Report on horse surra - Volume II, Part II
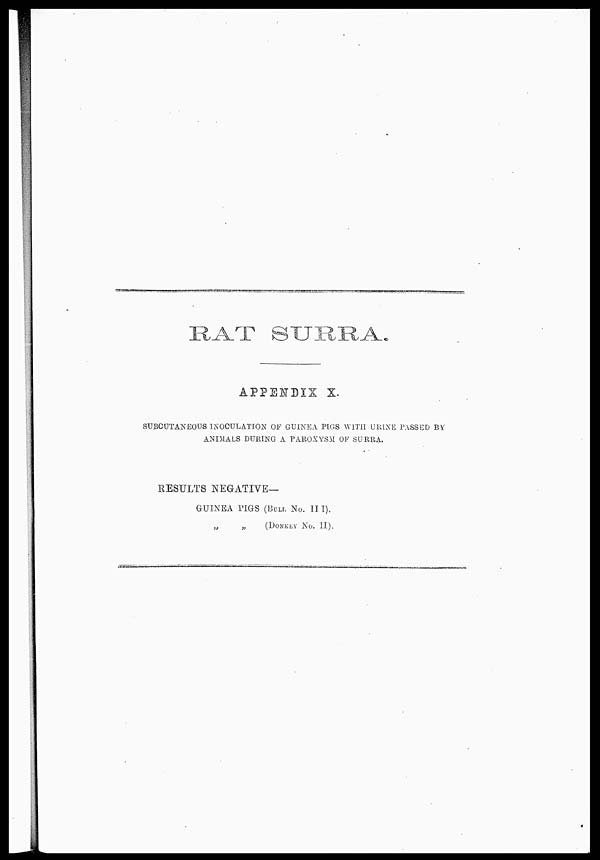
RAT SURRA.
APPENDIX X.
SUBCUTANEOUS INOCULATION OF GUINEA PIGS WITH URINE PASSED BY
ANIMALS DURING A PAROXYSM OF SURRA.
RESULTS NEGATIVE-
GUINEA PIGS (BULL No. III).
„
„ (DONKEY No. II).